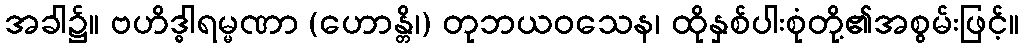
အခါ၌။ ဗဟိဒ္ဓါရမ္မဏာ (ဟောန္တိ၊) တုဘယဝသေန၊ ထိုနှစ်ပါးစုံတို့၏အစွမ်းဖြင့်။